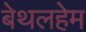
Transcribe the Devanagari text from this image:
बेथलहेम